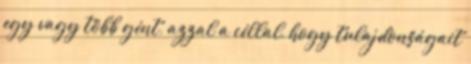
egy vagy több gént, azzal a céllal, hogy tulajdonságait